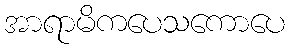
အာရာမိကပေသကောပေ